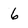
Character: 6